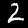
Label: 2